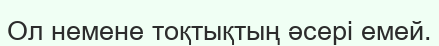
Ол немене тоқтықтың әсері емей.